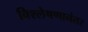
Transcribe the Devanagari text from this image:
विश्लेषणानंतर